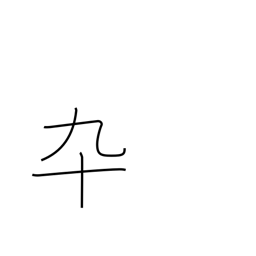
Meaning: soldier